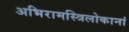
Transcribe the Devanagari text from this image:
अभिरामस्त्रिलोकानां